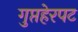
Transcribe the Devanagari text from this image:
गुप्तहेरपट